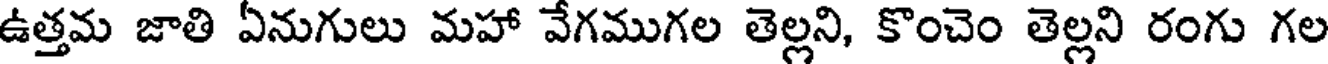
ఉత్తమ జాతి ఏనుగులు మహా వేగముగల తెల్లని, కొంచెం తెల్లని రంగు గల